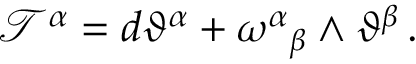
\mathcal { T } ^ { \alpha } = d \vartheta ^ { \alpha } + \omega ^ { \alpha } { } _ { \beta } \wedge \vartheta ^ { \beta } \, .